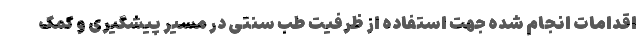
اقدامات انجام شده جهت استفاده از ظرفیت طب سنتی در مسیر پیشگیری و کمک